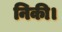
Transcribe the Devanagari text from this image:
निकी।